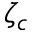
\zeta _ { c }